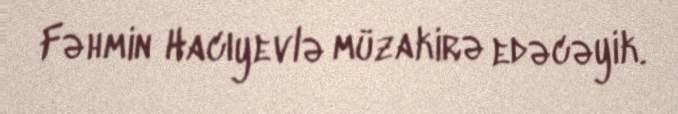
Fəhmin Hacıyevlə müzakirə edəcəyik.